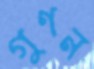
গুণন